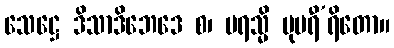
သေဋ္ဌေ ဒိသာဒိဘေဒေ စ၊ ပရသ္မိ မုပရီ’ရိတော။